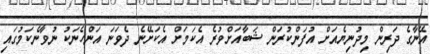
އޭނާގެ ދަރިން މިދުނިޔެއަަށް އުފަންކުރަން ޝަބާއަށްވުރެ އެކަމަށް އެކަށޭނެ ދެވަނަ އަންހެނަކު ނުވާނެކަމުގައި